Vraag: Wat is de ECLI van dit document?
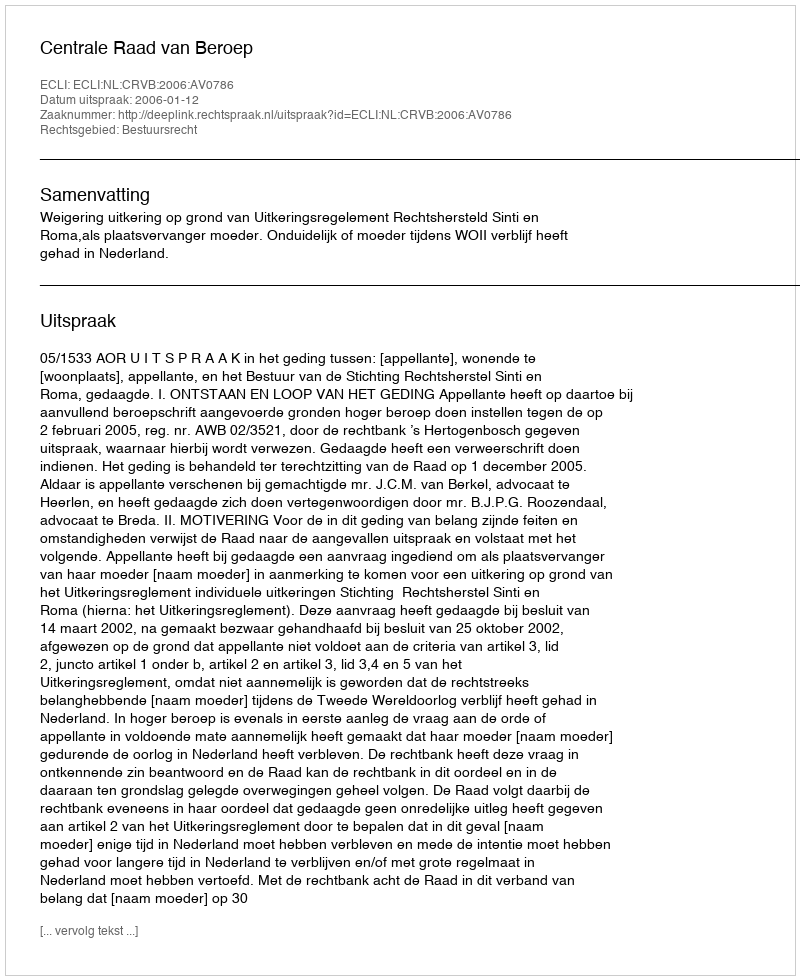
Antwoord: ECLI:NL:CRVB:2006:AV0786